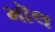
મૉલ